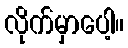
လိုက်မှာပေါ့။